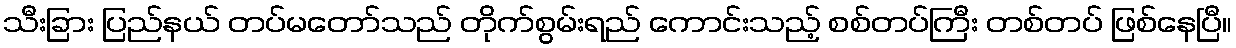
သီးခြား ပြည်နယ် တပ်မတော်သည် တိုက်စွမ်းရည် ကောင်းသည့် စစ်တပ်ကြီး တစ်တပ် ဖြစ်နေပြီ။